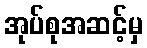
အုပ်စုအဆင့်မှ